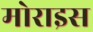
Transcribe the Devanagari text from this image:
मोराइस